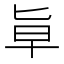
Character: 㔬